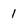
Character: 1